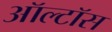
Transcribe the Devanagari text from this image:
ऑल्टॉस